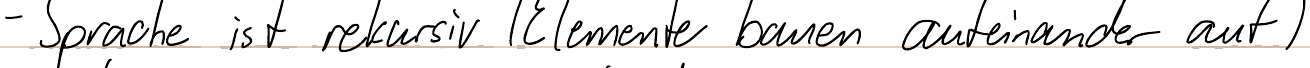
- Sprache ist rekursiv (Elemente bauen aufeinander auf)